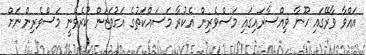
އައްވާ ވާރޭގައި ހޫނާ ވިއްސާރައިގައި މަސްވެރިން އެކުރާ މަސައްކަތުގެ އަގުވަޒަން ކުރެވޭނީ މަސްވެރިންނަށް